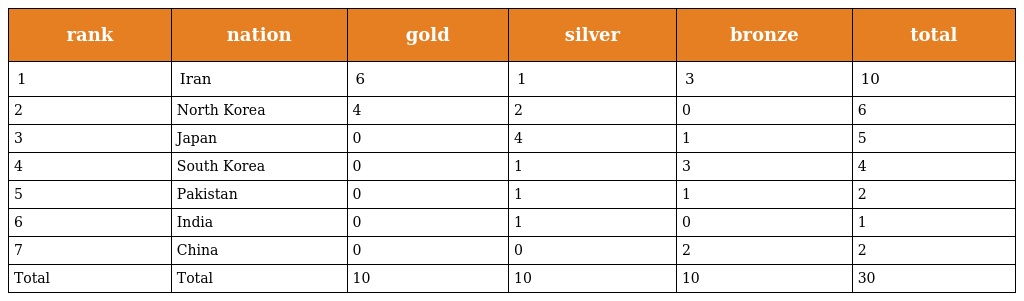
| rank | nation | gold | silver | bronze | total |
 | --- | --- | --- | --- | --- | --- |
 | 1 | Iran | 6 | 1 | 3 | 10 |
 | 2 | North Korea | 4 | 2 | 0 | 6 |
 | 3 | Japan | 0 | 4 | 1 | 5 |
 | 4 | South Korea | 0 | 1 | 3 | 4 |
 | 5 | Pakistan | 0 | 1 | 1 | 2 |
 | 6 | India | 0 | 1 | 0 | 1 |
 | 7 | China | 0 | 0 | 2 | 2 |
 | Total | Total | 10 | 10 | 10 | 30 |